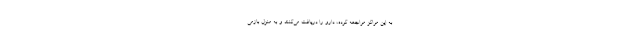
به این مراکز مراجعه کرده، دارو را دریافت می‌کنند و به منزل بازمی‌